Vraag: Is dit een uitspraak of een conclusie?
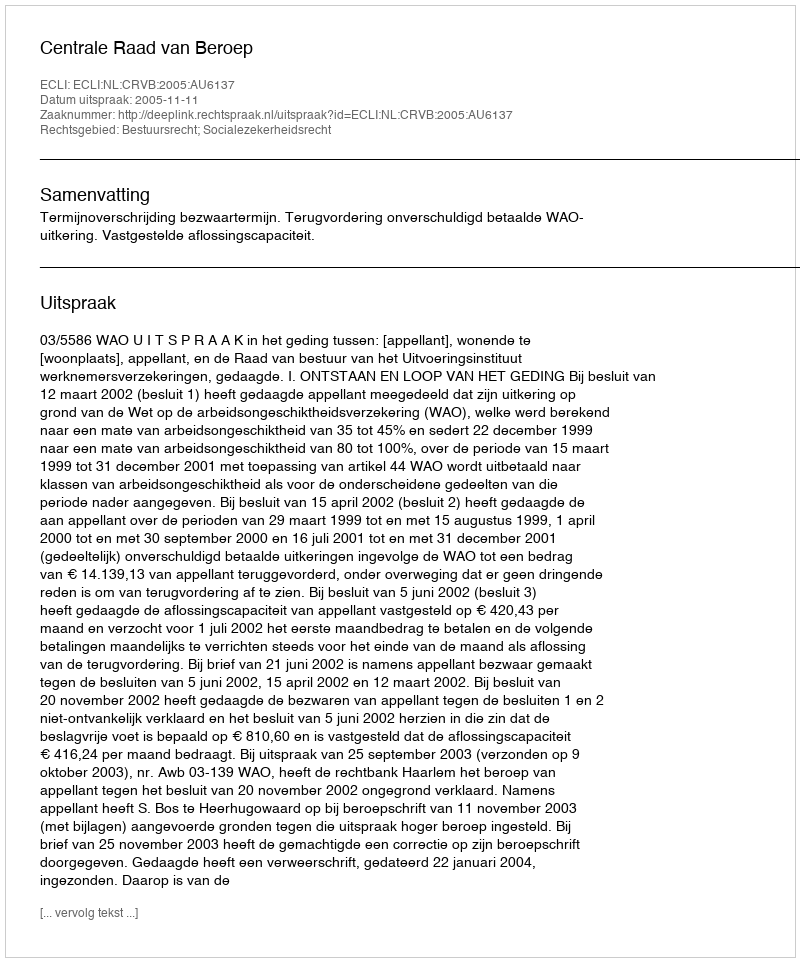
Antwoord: Uitspraak